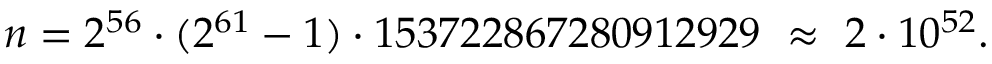
n = 2 ^ { 5 6 } \cdot ( 2 ^ { 6 1 } - 1 ) \cdot 1 5 3 7 2 2 8 6 7 2 8 0 9 1 2 9 2 9 \ \approx \ 2 \cdot 1 0 ^ { 5 2 } .